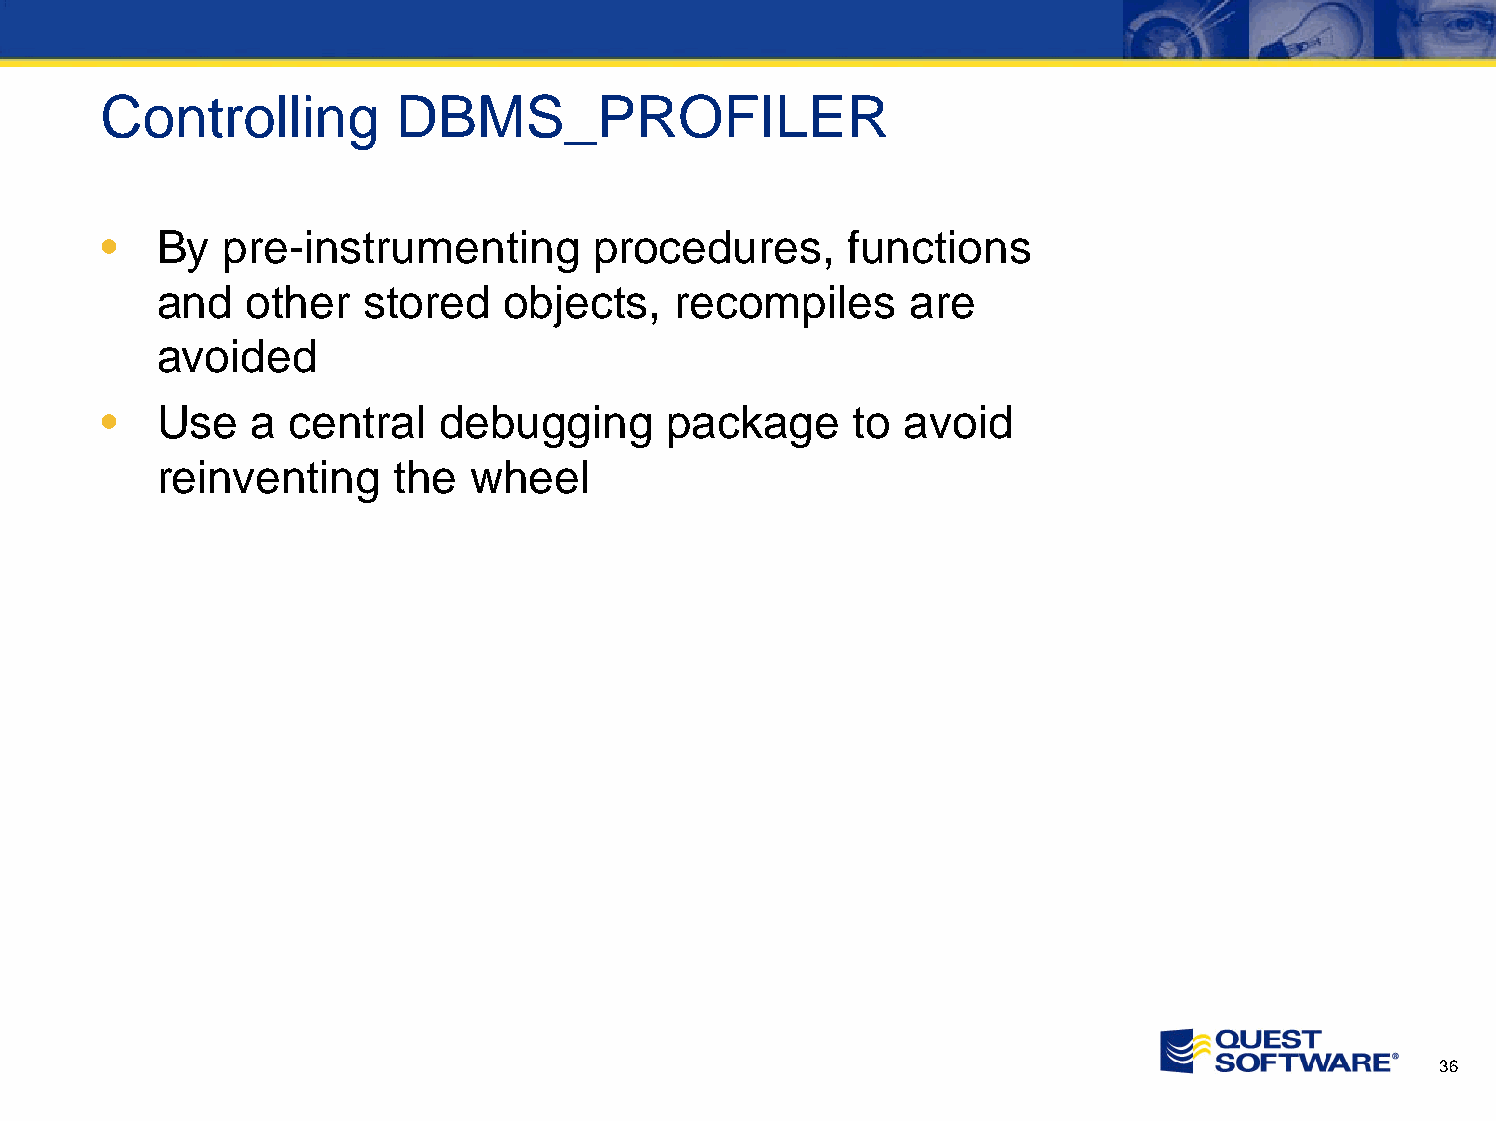
Controlling        DBMS_PROFILER
 •  By   pre-instrumenting       procedures,      functions
 and   other   stored   objects,    recompiles     are
 avoided
 •  Use    a central   debugging      package      to avoid
 reinventing     the  wheel
 36